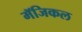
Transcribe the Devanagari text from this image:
मॅजिकल